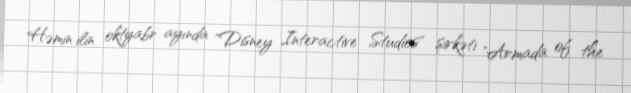
Həmin ilin oktyabr ayında "Disney Interactive Studios" şirkəti "Armada of the